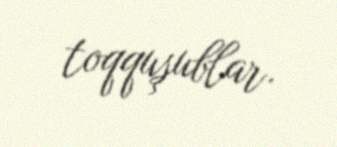
toqquşublar.